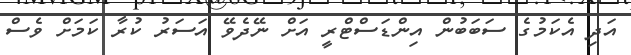
އަދި އެކަމުގެ ސަބަބުން އިންޑަސްޓްރީ އަށް ނޭދެވޭ އަސަރު ކުރާ ކަމަށް ވެސް